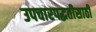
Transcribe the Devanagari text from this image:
उपचारपद्धतीसाठी